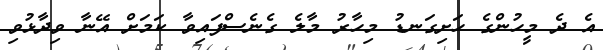
އެ ދެ މީހުންގެ ހަށިގަނޑު މިހާރު މާލެ ގެނެސްފައިވާ ކަމަށް އޭނާ ވިދާޅުވި